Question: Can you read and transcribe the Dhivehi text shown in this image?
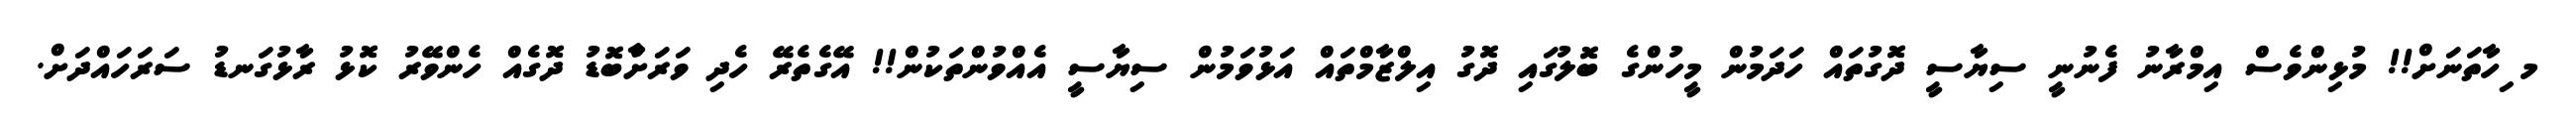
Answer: މ ިހާތަނަށް!! މުޅިންވެސް އިމްރާނު ފެނުނީ ސިޔާސީ ދޮގުތައް ހަދަމުން މީހުންގެ ބޮލުގައި ދޮގު އިލްޒާމްތައް އަޅުވަމުން ސިޔާސީ އެއްވުންތަކުން!! އޭގެތެރޭ ހެދި ވަރަށާްބޮޑު ދޮގެއް ހެންވޭރު ކޮޅު ރާޅުގަނޑު ސަރަހައްދަށް.